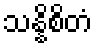
သန္နိစိတံ